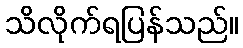
သိလိုက်ရပြန်သည်။